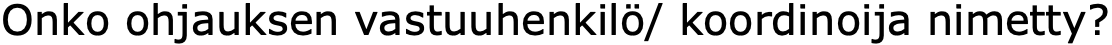
Onko ohjauksen vastuuhenkilö/ koordinoija nimetty?